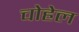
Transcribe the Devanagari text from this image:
चोहेल